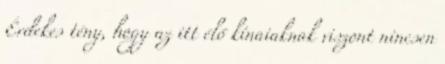
Érdekes tény, hogy az itt élő kínaiaknak viszont nincsen